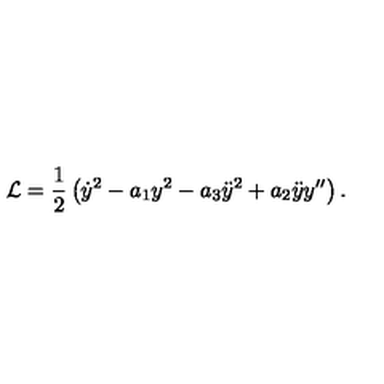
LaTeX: { \cal L } = \frac { 1 } { 2 } \left( \dot { y } ^ { 2 } - a _ { 1 } y ^ { 2 } - a _ { 3 } \ddot { y } ^ { 2 } + a _ { 2 } \ddot { y } y ^ { \prime \prime } \right) .